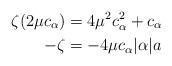
LaTeX: \begin{align*}\zeta(2\mu c_\alpha) &= 4\mu^2 c_\alpha^2 + c_\alpha \\-\zeta &= -4\mu c_\alpha |\alpha| a\end{align*}